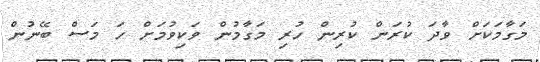
މަގާމަކަށް ވާދަ ކުރަން ކުރިން ހުރި މަގާމުން ވަކިވުމަށް ހަ މަސް ބޭނުން